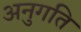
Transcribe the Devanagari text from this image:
अनुगति